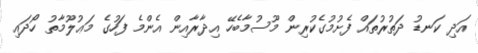
އަދި ކަނޑު ދަތުރުތައް ފެށުމުގެކުރިން މޫސުމާބެހޭ އިދާރާއިން އެންމެ ފަހުގެ މަޢުލޫމާތު ހޯދައި